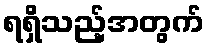
ရရှိသည့်အတွက်